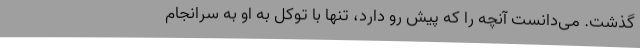
گذشت. می‌دانست آنچه را که پیش رو دارد، تنها با توکل به او به سرانجام